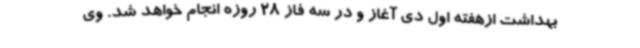
بهداشت ازهفته اول دی آغاز و در سه فاز 28 روزه انجام خواهد شد. وی